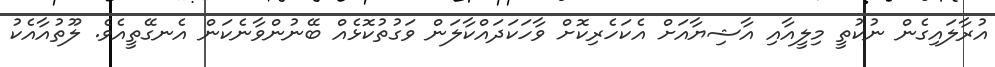
އުރާލައިގެން ނުކުތީ މިލީއާއި އާޝިޔާއަށް އެކަހެރިކޮށް ވާހަކަދައްކާލަން ވަގުތުކޮޅެއް ބޭނުންވާނެކަން އެނގޭތީއެވެ. ލޫތުއާއެކު